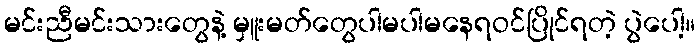
မင်းညီမင်းသားတွေနဲ့ မှူးမတ်တွေပါမပါမနေရဝင်ပြိုင်ရတဲ့ ပွဲပေါ့။